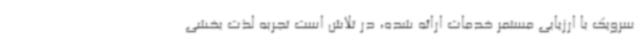
سرویک با ارزیابی مستمر خدمات ارائه شده، در تلاش است تجربه لذت بخشی